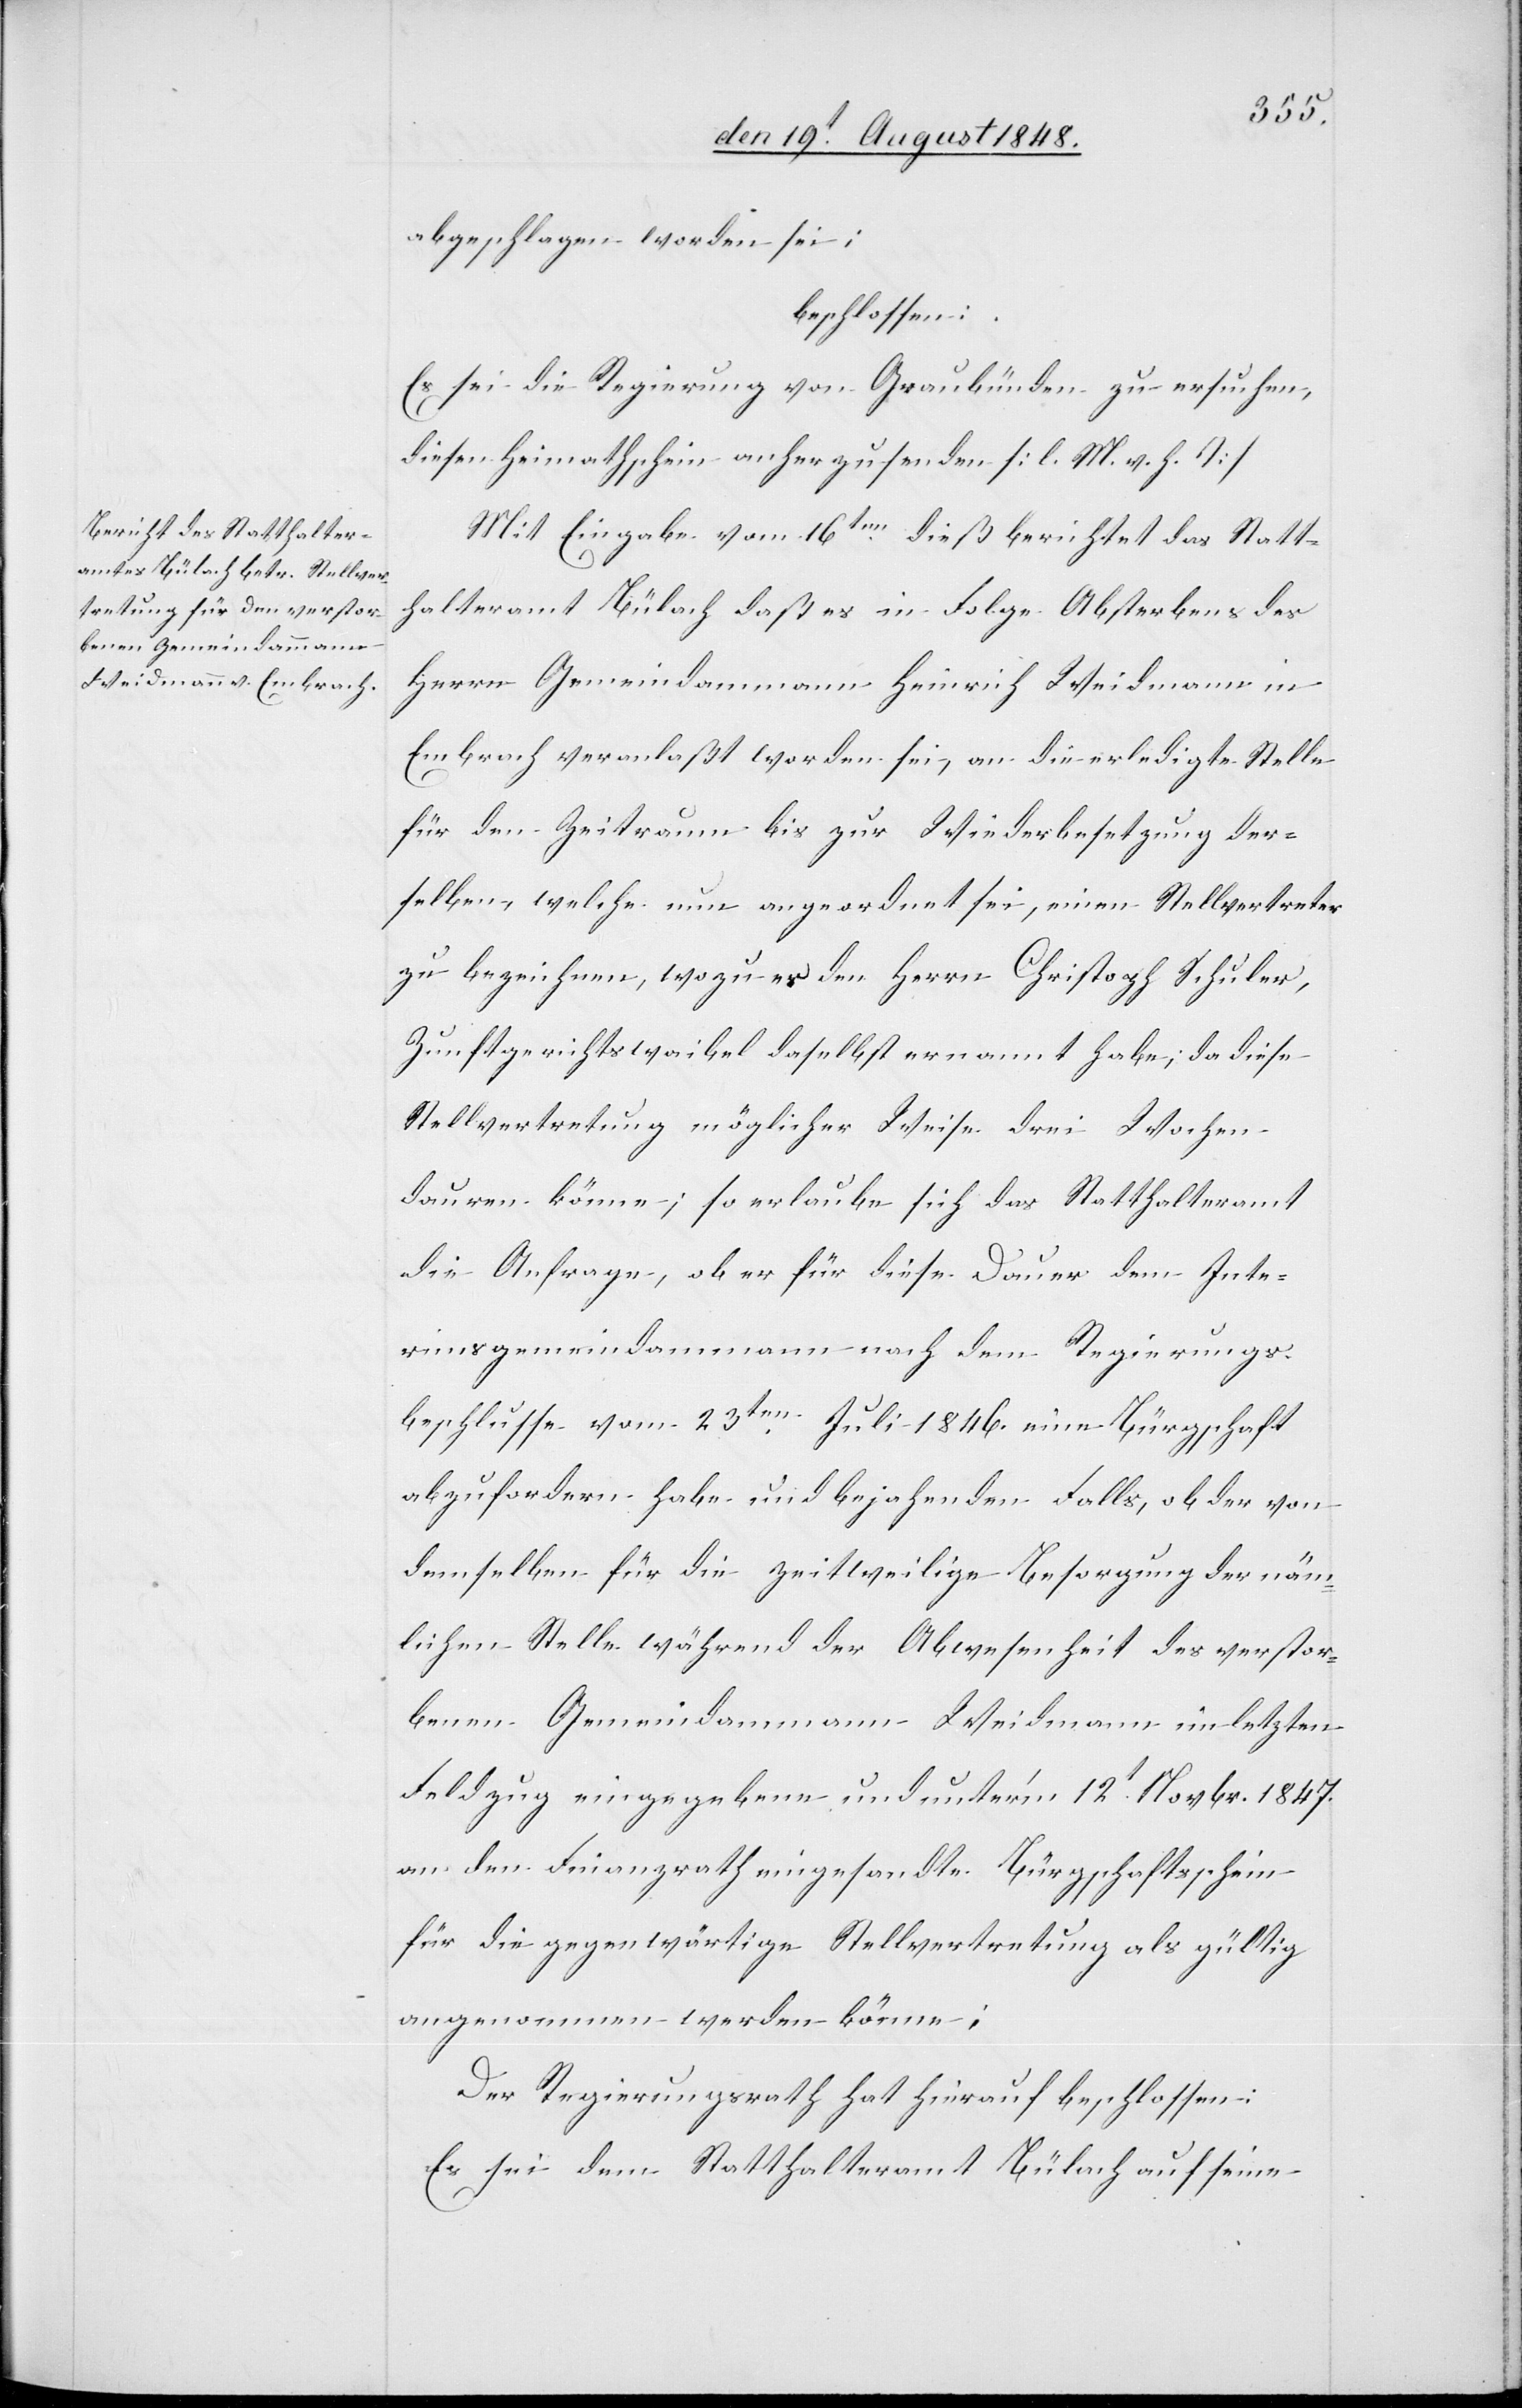
abgeschlagen worden sei;
beschlossen:
Es sei der Regierung von Graubünden zu ersuchen,
diesen Heimathschein anherzusenden. [l. M. v. h. T]
Mit Eingabe vom 16ten dieß berichtet das Statt¬
halteramt Bülach daß es in Folge Absterbens des
Herrn Gemeindammann Heinrich Weidmann in
Embrach veranlaßt worden sei, an die erledigte Stelle
für den Zeitraum bis zur Widerbesetzung der¬
selben, welche nun angeordnet sei, einen Stellvertreter
zu bezeichnen, wozu es den Herrn Christoph Schuler,
Zunftgerichtswaibel daselbst ernannt habe, da diese
Stellvertretung möglicher Weise drei Wochen
dauren könne; so erlaube sich das Statthalteramt
die Anfrage, ob er für diese Dauer dem Inte¬
rimsgemeindammann nach dem Regierungs¬
beschlusse vom 23ten Juli 1846. eine Bürgschaft
abzufordern habe und bejahenden Falls, ob der von
demselben für die zeitweilige Besorgung der näm¬
lichen Stelle während der Abwesenheit des verstor¬
benen Gemeindammann Weidmann im letzten
Feldzug eingegebene und unter’m 12t Novbr. 1847.
an den Finanzrath eingesandte Bürgschaftsschein
für die gegenwärtige Stellvertretung als gültig
angenommen werden könne;
Der Regierungsrath hat hierauf beschlossen:
Es sei dem Statthalteramt Bülach auf seine